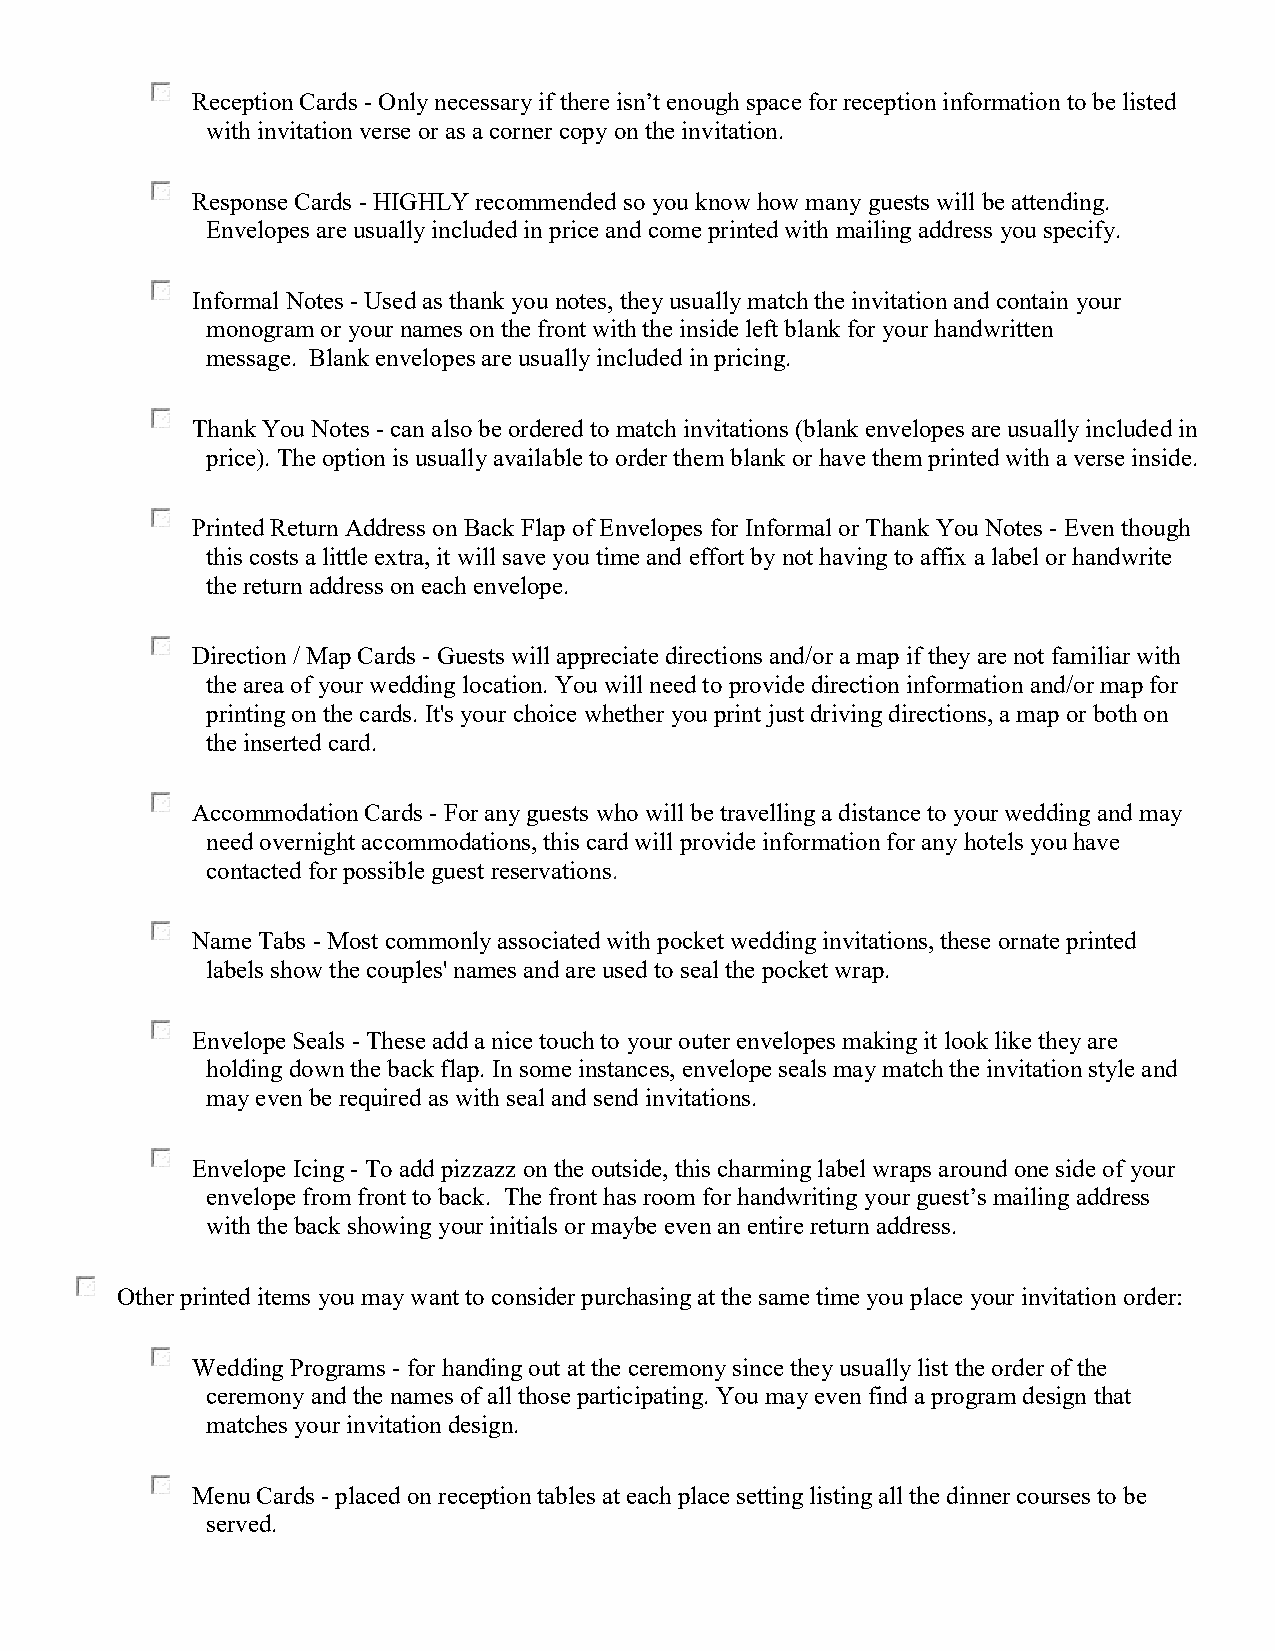
Reception Cards - Only necessary if there isn’t enough space for reception information to be listed
 with invitation verse or as a corner copy on the invitation.
 Response Cards - HIGHLY recommended so you know how many guests will be attending.
 Envelopes are usually included in price and come printed with mailing address you specify.
 Informal Notes - Used as thank you notes, they usually match the invitation and contain your
 monogram or your names on the front with the inside left blank for your handwritten
 message. Blank envelopes are usually included in pricing.
 Thank You Notes - can also be ordered to match invitations (blank envelopes are usually included in
 price). The option is usually available to order them blank or have them printed with a verse inside.
 Printed Return Address on Back Flap of Envelopes for Informal or Thank You Notes - Even though
 this costs a little extra, it will save you time and effort by not having to affix a label or handwrite
 the return address on each envelope.
 Direction / Map Cards - Guests will appreciate directions and/or a map if they are not familiar with
 the area of your wedding location. You will need to provide direction information and/or map for
 printing on the cards. It's your choice whether you print just driving directions, a map or both on
 the inserted card.
 Accommodation Cards - For any guests who will be travelling a distance to your wedding and may
 need overnight accommodations, this card will provide information for any hotels you have
 contacted for possible guest reservations.
 Name Tabs - Most commonly associated with pocket wedding invitations, these ornate printed
 labels show the couples' names and are used to seal the pocket wrap.
 Envelope Seals - These add a nice touch to your outer envelopes making it look like they are
 holding down the back flap. In some instances, envelope seals may match the invitation style and
 may even be required as with seal and send invitations.
 Envelope Icing - To add pizzazz on the outside, this charming label wraps around one side of your
 envelope from front to back. The front has room for handwriting your guest’s mailing address
 with the back showing your initials or maybe even an entire return address.
 Other printed items you may want to consider purchasing at the same time you place your invitation order:
 Wedding Programs - for handing out at the ceremony since they usually list the order of the
 ceremony and the names of all those participating. You may even find a program design that
 matches your invitation design.
 Menu Cards - placed on reception tables at each place setting listing all the dinner courses to be
 served.